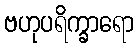
ဗဟုပရိက္ခာရော